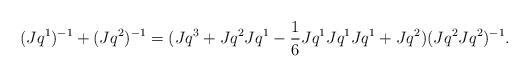
LaTeX: \begin{align*}(Jq^1)^{-1}+(Jq^2)^{-1} = (Jq^3+Jq^2Jq^1-\frac{1}{6}Jq^1Jq^1Jq^1+Jq^2)(Jq^2Jq^2)^{-1}.\end{align*}